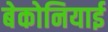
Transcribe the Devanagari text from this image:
बेकोनियाई